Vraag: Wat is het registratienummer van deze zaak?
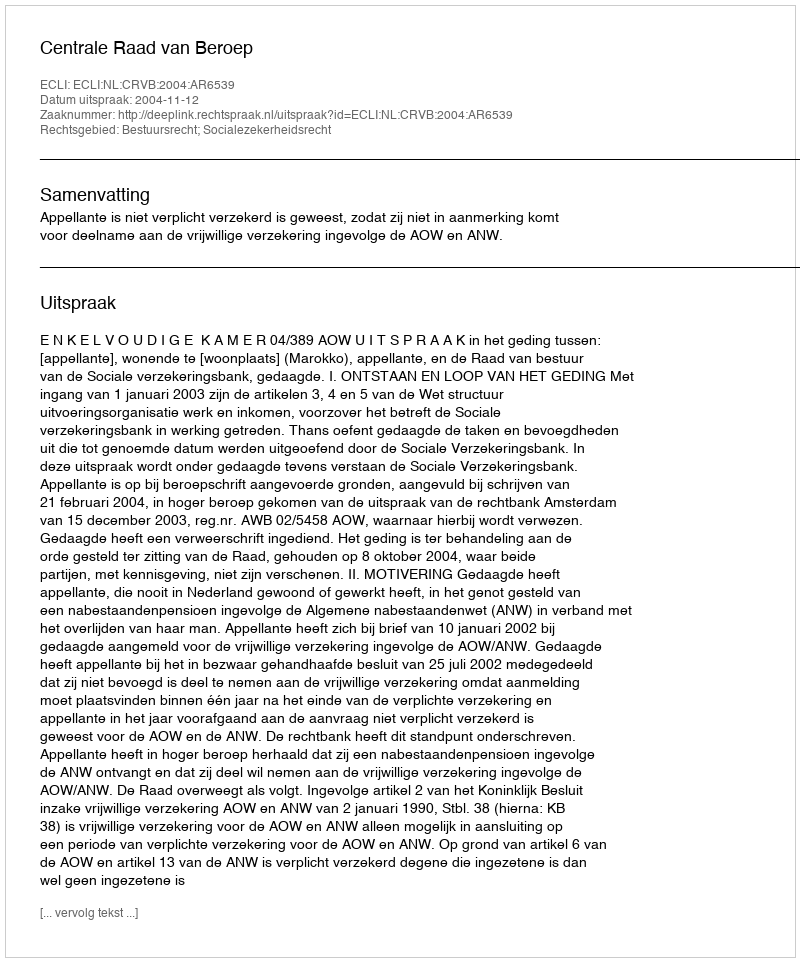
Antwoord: http://deeplink.rechtspraak.nl/uitspraak?id=ECLI:NL:CRVB:2004:AR6539